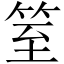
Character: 䇪